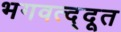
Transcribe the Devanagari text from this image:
भगवत्द्दूत